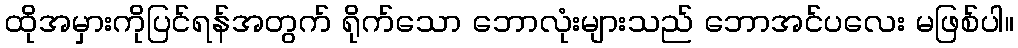
ထိုအမှားကိုပြင်ရန်အတွက် ရိုက်သော ဘောလုံးများသည် ဘောအင်ပလေး မဖြစ်ပါ။